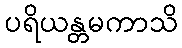
ပရိယန္တမကာသိ